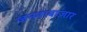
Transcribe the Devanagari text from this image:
जनताबाज़ार